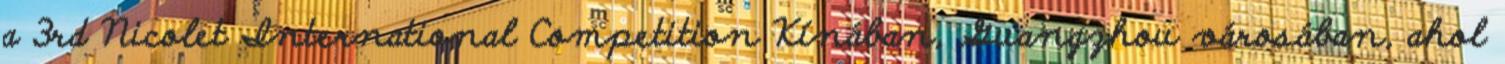
a 3rd Nicolet International Competition Kínában, Guangzhou városában, ahol